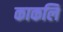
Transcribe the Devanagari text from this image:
काकलि